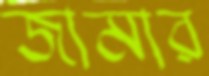
জামার